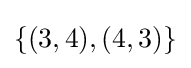
\textstyle \{(3,4),(4,3)\}